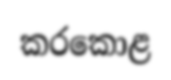
කරකොළ